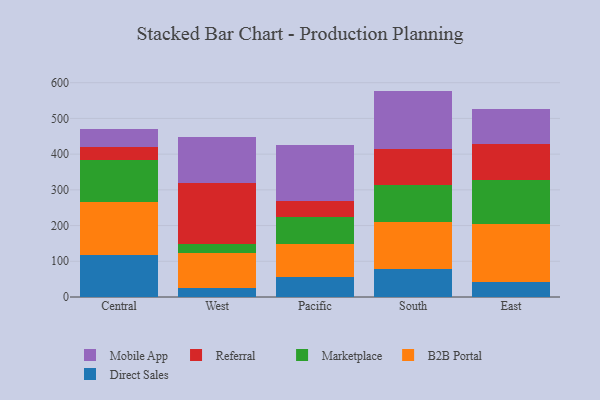
{"axis": {"x": "Region", "y": "Revenue (USD Million)"}, "legend": ["B2B Portal", "Direct Sales", "Marketplace", "Mobile App", "Referral"], "data": [{"x": "Central", "y": 118.2, "type": "Direct Sales"}, {"x": "Central", "y": 147.4, "type": "B2B Portal"}, {"x": "Central", "y": 118.1, "type": "Marketplace"}, {"x": "Central", "y": 37.2, "type": "Referral"}, {"x": "Central", "y": 49.2, "type": "Mobile App"}, {"x": "West", "y": 25.7, "type": "Direct Sales"}, {"x": "West", "y": 98.5, "type": "B2B Portal"}, {"x": "West", "y": 25.6, "type": "Marketplace"}, {"x": "West", "y": 168.6, "type": "Referral"}, {"x": "West", "y": 129.5, "type": "Mobile App"}, {"x": "Pacific", "y": 56.4, "type": "Direct Sales"}, {"x": "Pacific", "y": 92.3, "type": "B2B Portal"}, {"x": "Pacific", "y": 76.6, "type": "Marketplace"}, {"x": "Pacific", "y": 43.5, "type": "Referral"}, {"x": "Pacific", "y": 156.5, "type": "Mobile App"}, {"x": "South", "y": 78.0, "type": "Direct Sales"}, {"x": "South", "y": 133.0, "type": "B2B Portal"}, {"x": "South", "y": 101.3, "type": "Marketplace"}, {"x": "South", "y": 103.1, "type": "Referral"}, {"x": "South", "y": 161.8, "type": "Mobile App"}, {"x": "East", "y": 42.3, "type": "Direct Sales"}, {"x": "East", "y": 163.2, "type": "B2B Portal"}, {"x": "East", "y": 123.2, "type": "Marketplace"}, {"x": "East", "y": 98.9, "type": "Referral"}, {"x": "East", "y": 99.9, "type": "Mobile App"}]}